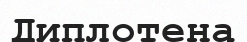
Диплотена